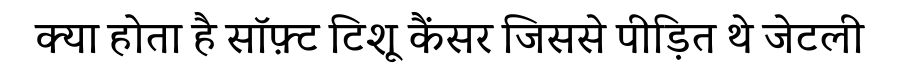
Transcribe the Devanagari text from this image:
क्या होता है सॉफ़्ट टिशू कैंसर जिससे पीड़ित थे जेटली